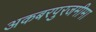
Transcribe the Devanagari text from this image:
अकबरपुरजमीमा